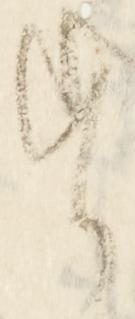
す